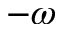
- \omega